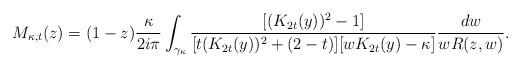
\begin{align*}M_{\kappa,t}(z) &= (1-z) \frac{\kappa}{2i\pi}\int_{\gamma_{\kappa}} \frac{[(K_{2t}(y))^2-1]}{[t(K_{2t}(y))^2 + (2-t)][wK_{2t}(y) - \kappa]}\frac{dw}{wR(z,w)}.\end{align*}